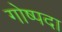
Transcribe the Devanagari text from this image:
गोष्पदा